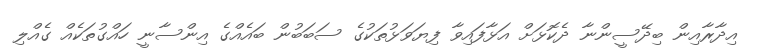
އިދާރާއިން ބިދޭސީންނާ ދެކޮޅަށް އަޅާފައިވާ ފިޔަވަޅުތަކުގެ ސަބަބުން ބައެއްގެ އިންސާނީ ހައްގުތަކެއް ގެއްލި